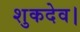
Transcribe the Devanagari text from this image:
शुकदेव।